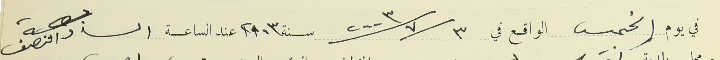
في يوم الخميس الواقع في ٢٠٠٣/٧/٣ سنة ٢٠٠٣ عند الساعة السادسة والنصف